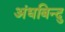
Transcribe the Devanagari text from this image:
अंधबिन्दु